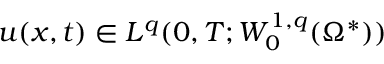
u ( x , t ) \in L ^ { q } ( 0 , T ; W _ { 0 } ^ { 1 , q } ( \Omega ^ { * } ) )